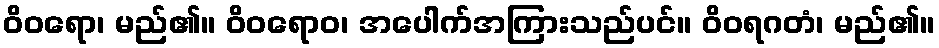
ဝိဝရော၊ မည်၏။ ဝိဝရောဝ၊ အပေါက်အကြားသည်ပင်။ ဝိဝရဂတံ၊ မည်၏။